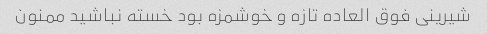
شیرینی فوق العاده تازه و خوشمزه بود خسته نباشید ممنون